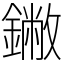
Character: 䥕